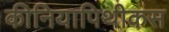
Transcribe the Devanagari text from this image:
कीनियापिथीकस